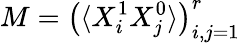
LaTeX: M=\left(\langle X_{i}^{1}X_{j}^{0}\rangle\right)_{i,j=1}^{r}